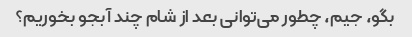
بگو، جیم، چطور می‌توانی بعد از شام چند آبجو بخوریم؟